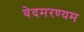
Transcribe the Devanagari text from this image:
वेदमरण्यम